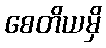
စေတိယမှိ